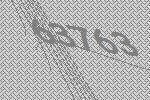
63763